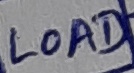
Text: LOAD